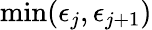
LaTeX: \operatorname*{min}(\epsilon_{j},\epsilon_{j+1})